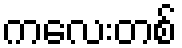
ကလေးတစ်